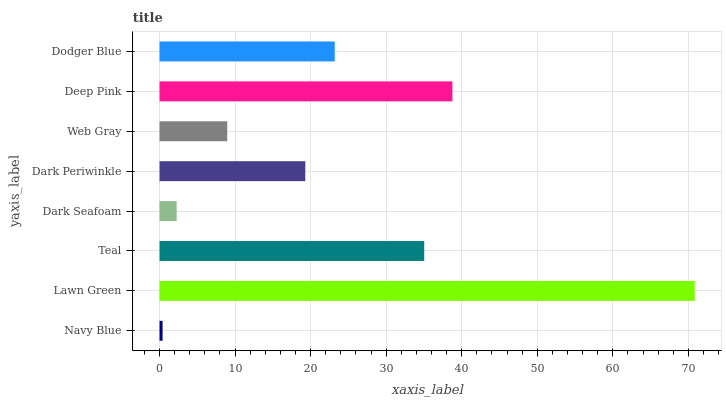
| yaxis_label | bars |
 | --- | --- |
 | Navy Blue | 0.399 |
 | Lawn Green | 70.8 |
 | Teal | 35 |
 | Dark Seafoam | 2.26 |
 | Dark Periwinkle | 19.3 |
 | Web Gray | 8.96 |
 | Deep Pink | 38.8 |
 | Dodger Blue | 23.2 |